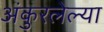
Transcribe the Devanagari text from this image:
अंकुरलेल्या